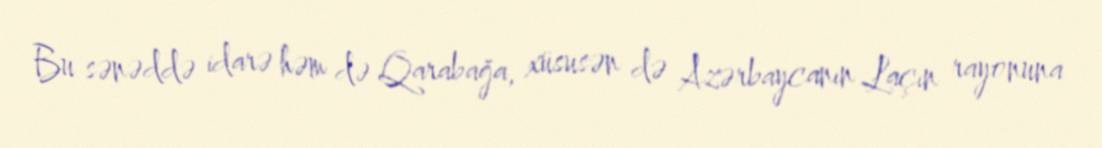
Bu sənəddə idarə həm də Qarabağa, xüsusən də Azərbaycanın Laçın rayonuna